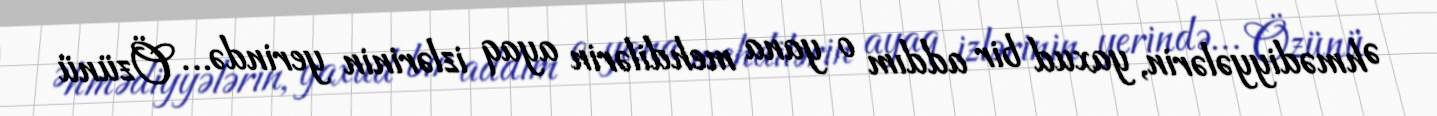
Əhmədiyyələrin, yaxud bir addım o yana mehdilərin ayaq izlərinin yerində… Özünü